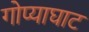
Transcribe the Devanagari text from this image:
गोप्याघाट